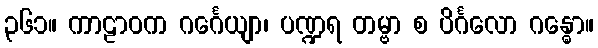
၃၆၁။ ကာဠာဝက ဂင်္ဂေယျာ၊ ပဏ္ဍရ တမ္ဗာ စ ပိင်္ဂလော ဂန္ဓော။